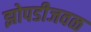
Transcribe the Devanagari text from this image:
झोपडीजवळ